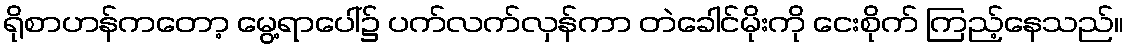
ရိုစာဟန်ကတော့ မွေ့ရာပေါ်၌ ပက်လက်လှန်ကာ တဲခေါင်မိုးကို ငေးစိုက် ကြည့်နေသည်။